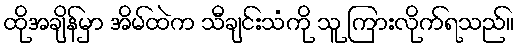
ထိုအချိန်မှာ အိမ်ထဲက သီချင်းသံကို သူ ကြားလိုက်ရသည်။